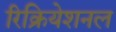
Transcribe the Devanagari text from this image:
रिक्रियेशनल